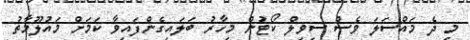
މި ދެ މައްސަލަ ވެސް ސިވިލް ކޯޓުން މިހާރު ބަލައިގެންފައިވާ ކަމަށް މައުލޫމާތު